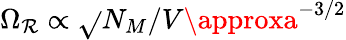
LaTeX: \Omega_{\mathcal{R}}\propto\sqrt{}{{N_{M}/V}}\approxa^{-3/2}